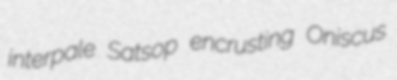
interpale Satsop encrusting Oniscus